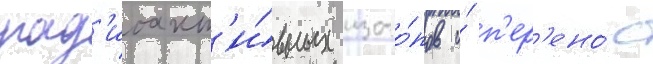
рад'иоакт'и́вных изото́пов и́ п'ер'ено́с